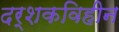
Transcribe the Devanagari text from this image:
दर्शकविहीन